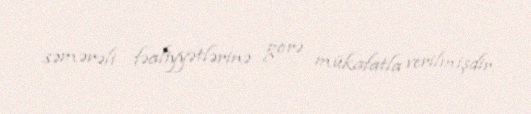
səmərəli fəaliyyətlərinə görə mükafatla verilmişdir.